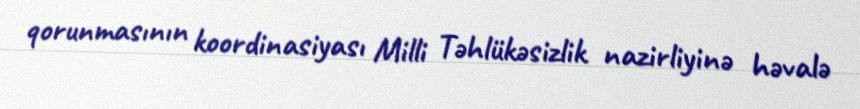
qorunmasının koordinasiyası Milli Təhlükəsizlik nazirliyinə həvalə